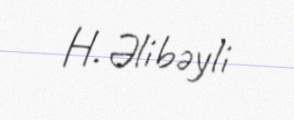
H. Əlibəyli